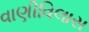
વાણીવિલાસ